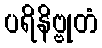
ပရိနိဗ္ဗုတံ